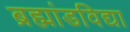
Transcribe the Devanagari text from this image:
ब्रह्मांडविद्या